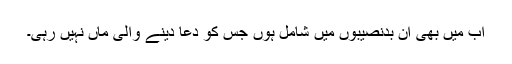
اب میں بھی ان بدنصیبوں میں شامل ہوں جس کو دعا دینے والی ماں نہیں رہی۔